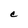
Character: C